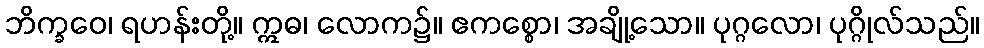
ဘိက္ခဝေ၊ ရဟန်းတို့။ ဣဓ၊ လောက၌။ ဧကစ္စော၊ အချို့သော။ ပုဂ္ဂလော၊ ပုဂ္ဂိုလ်သည်။